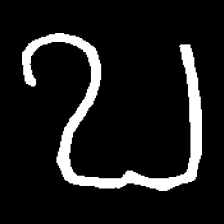
Pyu character \u2014 Myanmar letter: ဎ (romanized: ddha)